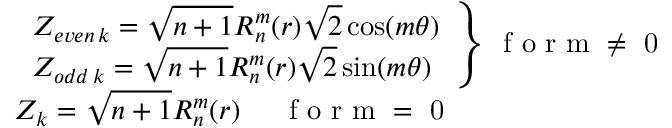
\begin{array} { l } { { \left. \begin{array} { l } { Z _ { e v e n \, k } = \sqrt { n + 1 } R _ { n } ^ { m } ( r ) \sqrt { 2 } \cos ( m \theta ) } \\ { Z _ { o d d \, k } = \sqrt { n + 1 } R _ { n } ^ { m } ( r ) \sqrt { 2 } \sin ( m \theta ) } \end{array} \right\} \, \mathrm { ~ f ~ o ~ r ~ m ~ \ne ~ 0 ~ } } } \\ { Z _ { k } = \sqrt { n + 1 } R _ { n } ^ { m } ( r ) \, \mathrm { ~ \; ~ \; ~ f ~ o ~ r ~ m ~ = ~ 0 ~ } } \end{array}